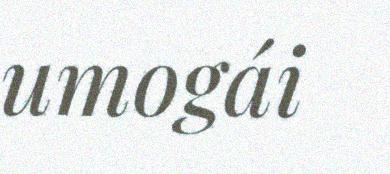
umogái